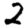
Digit: 2